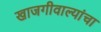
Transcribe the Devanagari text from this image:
खाजगीवाल्यांचा